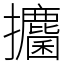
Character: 攟